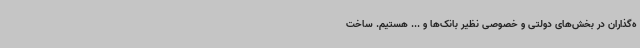
ه‌گذاران در بخش‌های دولتی و خصوصی نظیر بانک‌ها و ... هستیم. ساخت